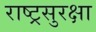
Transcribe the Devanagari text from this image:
राष्ट्रसुरक्षा